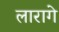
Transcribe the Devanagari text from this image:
लारागे